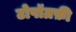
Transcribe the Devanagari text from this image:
टोपॉग्रफ़ी